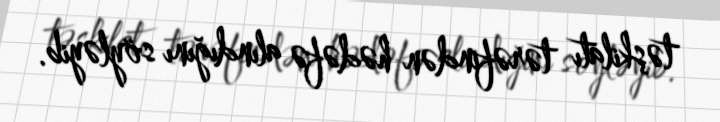
təşkilatı tərəfindən hədəfə alındığını söyləyib.